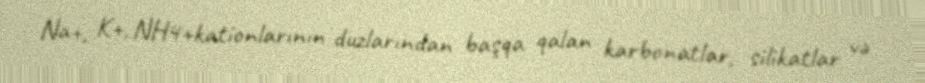
Na+, K+, NH4+kationlarının duzlarından başqa qalan karbonatlar, silikatlar və